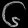
Digit: ၆